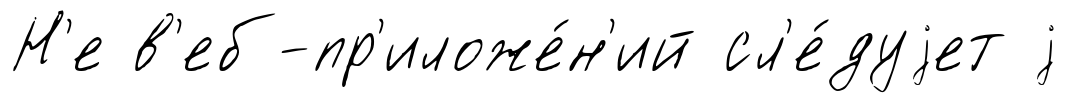
Н'е в'еб-пр'иложе́н'ий сл'е́дуjет j